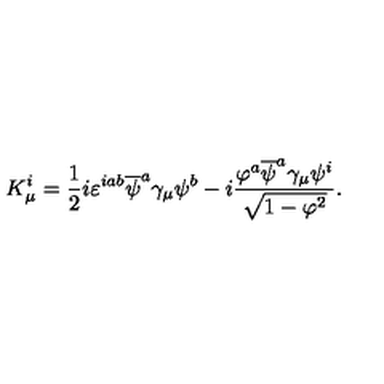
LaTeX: K _ { \mu } ^ { i } = \frac 1 2 i \varepsilon ^ { i a b } \overline { { \psi } } ^ { a } \gamma _ { \mu } \psi ^ { b } - i { \frac { \varphi ^ { a } \overline { { \psi } } ^ { a } \gamma _ { \mu } \psi ^ { i } } { \sqrt { 1 - { \varphi } ^ { 2 } } } } .